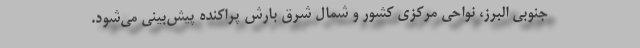
جنوبی البرز، نواحی مرکزی کشور و شمال شرق بارش پراکنده پیش‌بینی می‌شود.